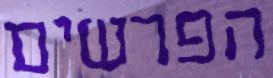
הפרשים